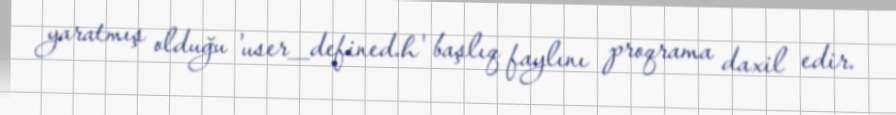
yaratmış olduğu 'user_defined.h' başlıq faylını proqrama daxil edir.